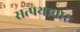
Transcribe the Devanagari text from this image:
सत्पथाचारः